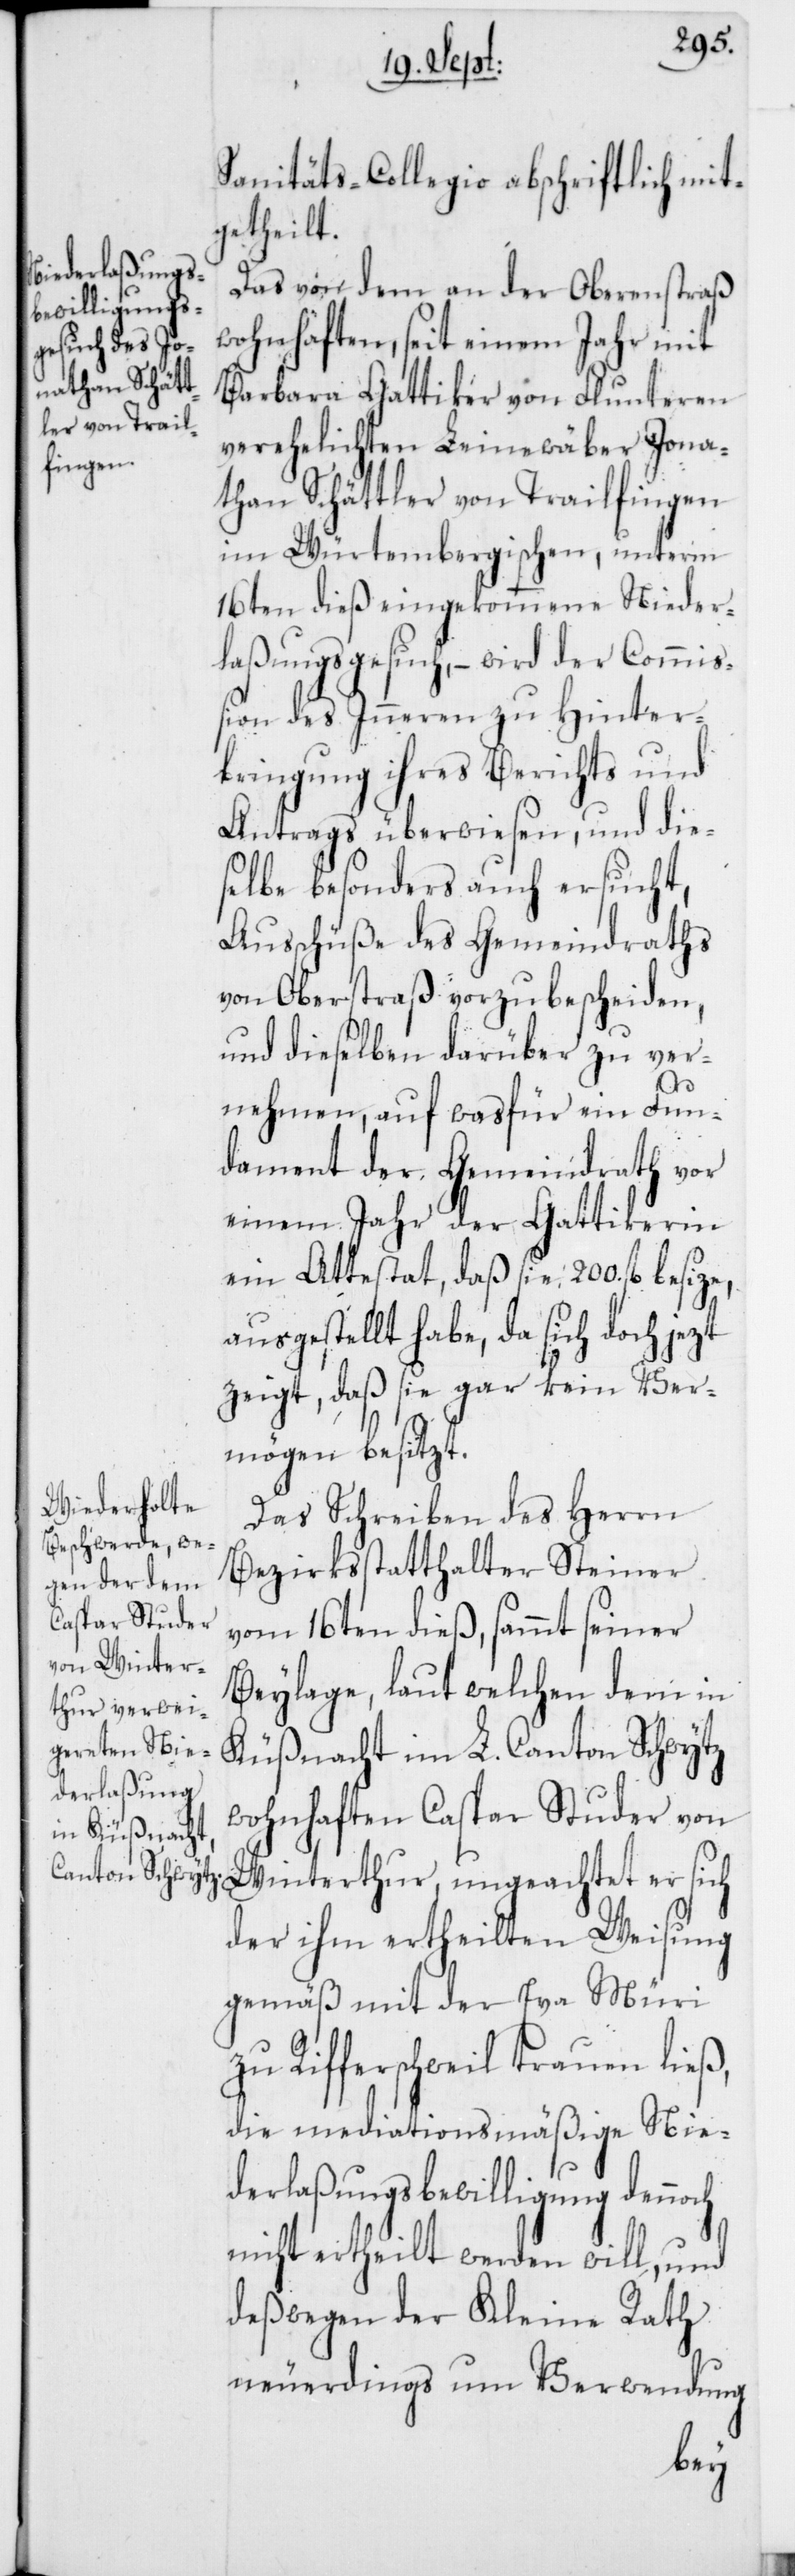
Sanitäts-Collegio abschriftlich mit¬
getheilt.
Das von dem an der Oberenstraß
wohnhaften, seit einem Jahr mit
Barbara Gattiker von Flunteren
verehelichten Leinewäber Jona¬
than Schättler von Trailfingen
im Würtembergischen, unterm
16ten dieß eingekommene Nieder¬
laßungsgesuch, – wird der Commi¬
ßion des Inneren zu Hinter¬
bringung ihres Berichts und
Antrags überwiesen, und die¬
selbe besonders auch ersucht,
Ausschüße des Gemeindraths
von Oberstraß vorzubescheiden,
und dieselben darüber zu ver¬
nehmen, auf was für ein Fun¬
dament der Gemeindrath vor
einem Jahr der Gattikerin
ein Attestat, daß sie 200. fl. besize,
ausgestellt habe, da sich doch jezt
zeigt, daß sie gar kein Ver¬
mögen besitzt.
Das Schreiben des Herrn
Bezirksstatthalter Steiner
vom 16ten dieß, sammt seiner
Beylage, laut welchen dem in
Küßnacht im L. Canton Schwytz
wohnhaften Caspar Studer von
Winterthur, ungeachtet er sich
der ihm ertheilten Weisung
gemäß mit der Eva Müri
zu Rifferschweil trauen ließ,
die mediationsmäßige Nie¬
derlaßungsbewilligung dennoch
nicht ertheilt werden will, und
deßwegen der Kleine Rath
neuerdings um Verwendung